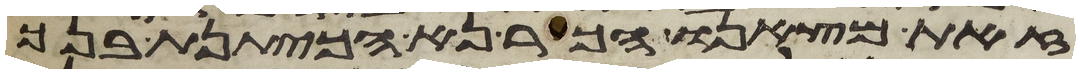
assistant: זאת מצאנו הכר נא הכיתנת בנך